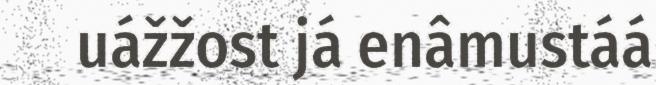
uážžost já enâmustáá